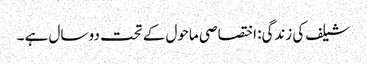
شیلف کی زندگی: اختصاصی ماحول کے تحت دو سال ہے ۔